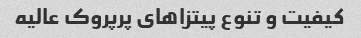
کیفیت و تنوع پیتزاهای پرپروک عالیه